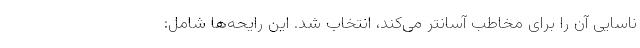
ناسایی آن را برای مخاطب آسانتر می‌کند، انتخاب شد. این رایحه‌ها شامل: